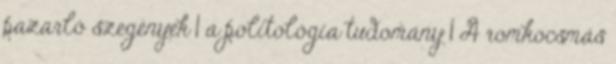
pazarló szegények 1 a politológia tudomány 1 A romkocsmás